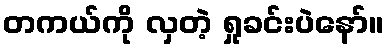
တကယ်ကို လှတဲ့ ရှုခင်းပဲနော်။